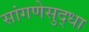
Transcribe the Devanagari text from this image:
सांगणेसुद्धा